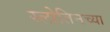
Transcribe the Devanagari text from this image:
स्लोतिनच्या